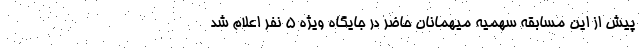
پیش از این مسابقه سهمیه میهمانان حاضر در جایگاه ویژه 5 نفر اعلام شد